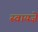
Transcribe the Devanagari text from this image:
स्वायज़े